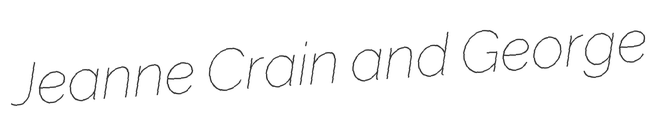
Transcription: Jeanne Crain and George